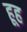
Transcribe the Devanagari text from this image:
हूह